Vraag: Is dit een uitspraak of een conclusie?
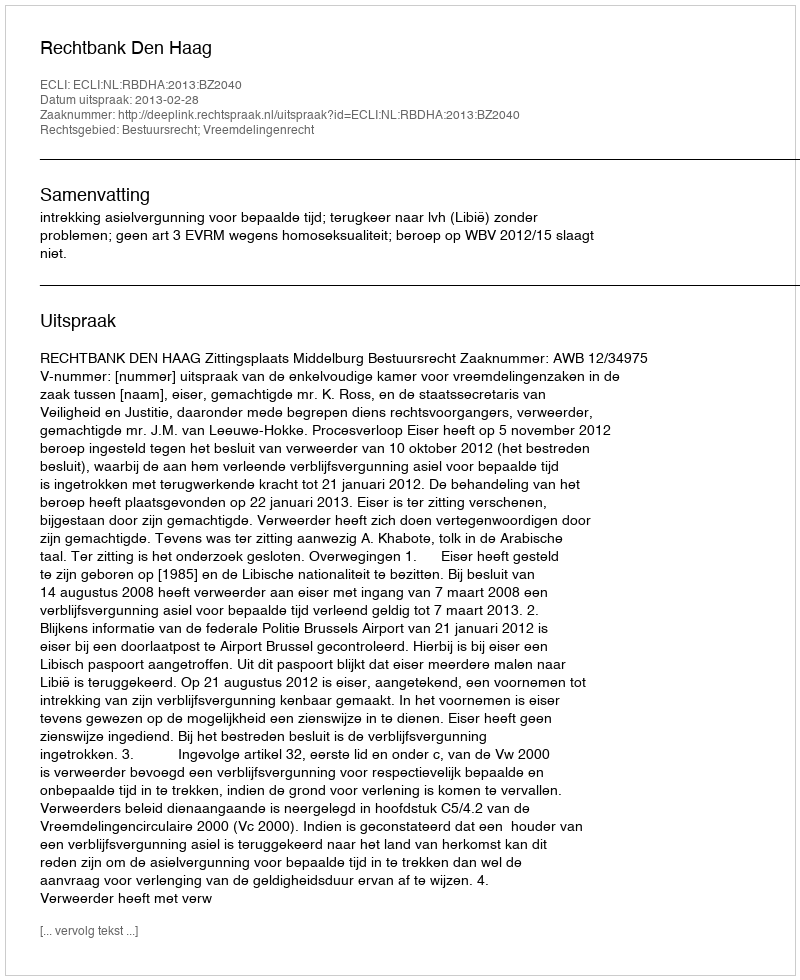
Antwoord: Uitspraak